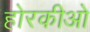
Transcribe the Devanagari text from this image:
होरकीओ